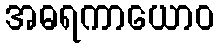
အဓရကာယောဝ